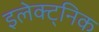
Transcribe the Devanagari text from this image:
इलेक्ट्निक